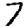
Digit: 7